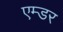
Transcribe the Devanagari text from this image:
एम्डर